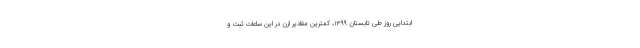
ابتدایی روز طی تابستان ۱۳۹۹، کمترین مقادیر ازن در این ساعات ثبت و